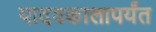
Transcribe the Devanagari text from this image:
यादवकालापर्यंत